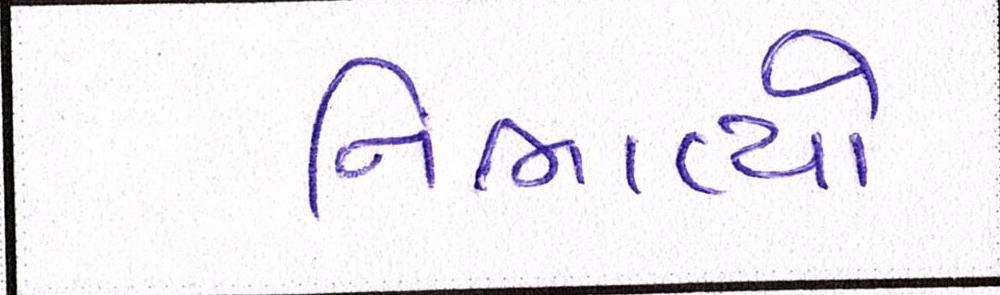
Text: નિભાવ્યો